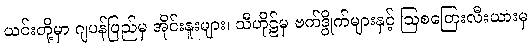
ယင်းတို့မှာ ဂျပန်ပြည်မှ အိုင်းနူးများ၊ သီဟိုဠ်မှ ဗက်ဒွိုက်များနှင့် ဩစတြေးလီးယားမှ